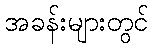
အခန်းများတွင်